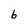
Character: b